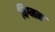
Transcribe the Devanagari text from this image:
विग्मन